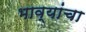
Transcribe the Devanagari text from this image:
भाव्यांचा